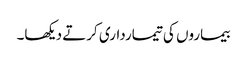
بیماروں کی تیمارداری کرتے دیکھا۔